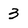
Character: 3